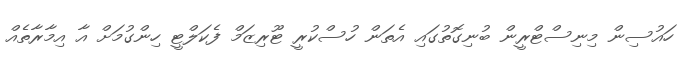
ހައުސިން މިނިސްޓްރީން ބުނިގޮތުގައި އެތަން ހުސްކުރީ ޓޫރިޒަމް ފެކަލްޓީ ހިންގުމަށް އާ އިމާރާތެއް